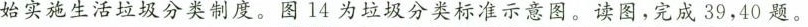
始实施生活垃圾分类制度。图14为垃圾分类标准示意图。